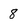
Character: 8